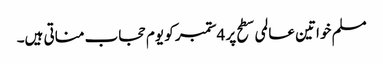
مسلم خواتین عالمی سطح پر 4ستمبر کو یوم حجاب مناتی ہیں۔